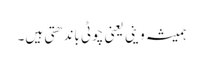
ہمیشہ وینی یعنی چوٹی باندھتی ہیں۔